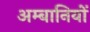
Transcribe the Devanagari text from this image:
अम्बानियों